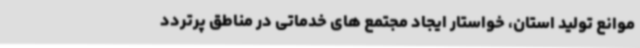
موانع تولید استان، خواستار ایجاد مجتمع های خدماتی در مناطق پرتردد